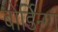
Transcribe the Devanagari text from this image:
बोर्डिन्ग्ग